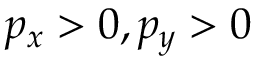
p _ { x } > 0 , p _ { y } > 0